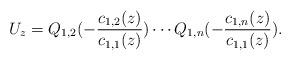
LaTeX: \begin{align*}U_z=Q_{1,2}(-\frac{c_{1,2}(z)}{c_{1,1}(z)}) \cdots Q_{1,n}(-\frac{c_{1,n}(z)}{c_{1,1}(z)}).\end{align*}